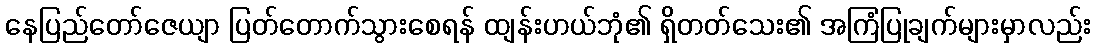
နေပြည်တော်ဇေယျာ ပြတ်တောက်သွားစေရန် ထျန်းဟယ်ဘုံ၏ ရှိတတ်သေး၏ အကြံပြုချက်များမှာလည်း